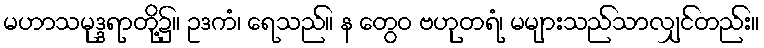
မဟာသမုဒ္ဒရာတို့၌။ ဥဒကံ၊ ရေသည်။ န တွေဝ ဗဟုတရံ၊ မများသည်သာလျှင်တည်း။